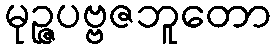
မုဉ္ဇပဗ္ဗဇဘူတော